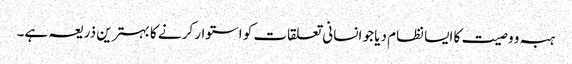
ہبہ و وصیت کا ایسا نظام دیا جو انسانی تعلقات کو استوار کرنے کا بہترین ذریعہ ہے۔